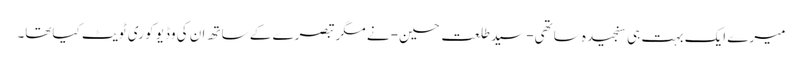
میرے ایک بہت ہی سنجیدہ ساتھی-سید طلعت حسین- نے مگر تبصرے کے ساتھ ان کی وڈیو کو ری ٹویٹ کیاتھا۔